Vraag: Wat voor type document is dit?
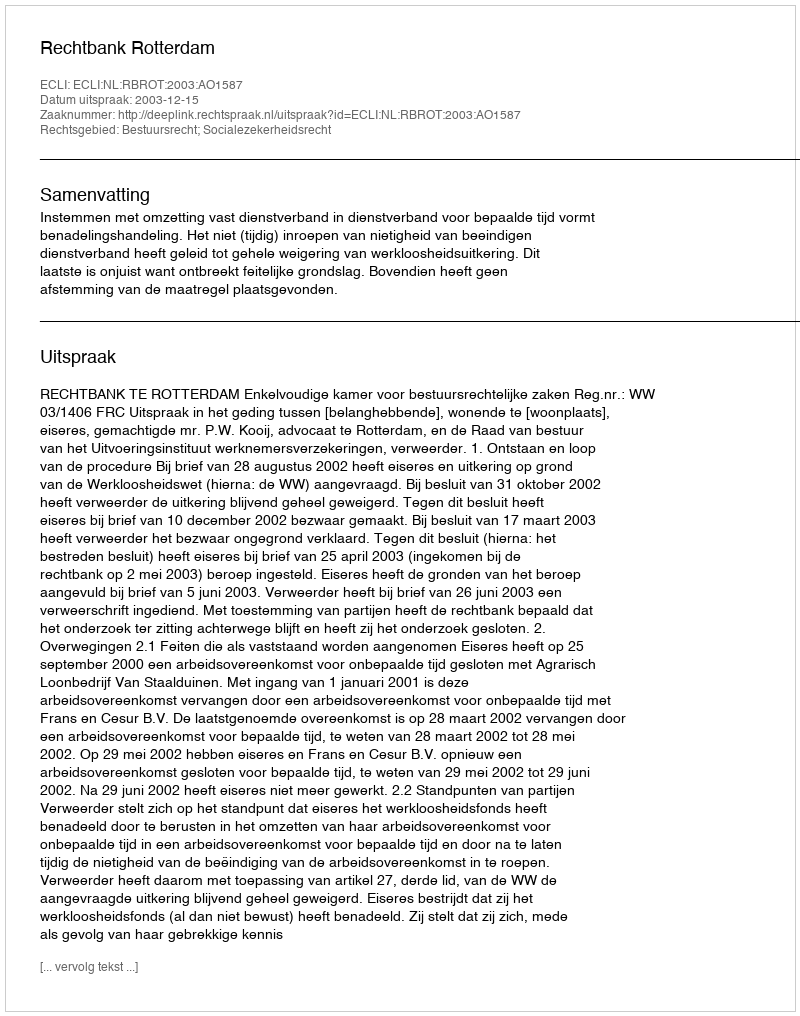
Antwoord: Uitspraak